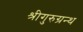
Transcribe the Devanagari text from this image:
श्रीगुरुग्रन्थ